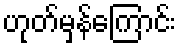
ဟုတ်မှန်ကြောင်း